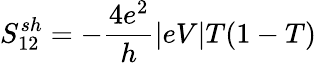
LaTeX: {S_{12}^{sh}=-\frac{4e^{2}}{h}|eV|T(1-T)}